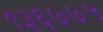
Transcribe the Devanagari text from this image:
९३६७७५